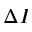
\Delta I